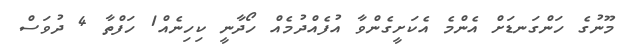
މޫނުގެ ހަންގަނޑަށް އެންމެ އެކަށީގެންވާ އުފެއްދުމެއް ހޯދާނީ ކިހިނެއް1 ހަފްތާ 4 ދުވަސް